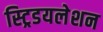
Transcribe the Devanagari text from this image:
स्ट्रिडयलेशन